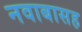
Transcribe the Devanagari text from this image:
नवाबासह